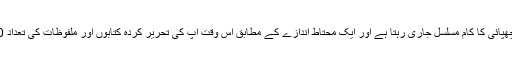
ان کی کتابوں کی چھپائی کا کام مسلسل جاری رہتا ہے اور ایک محتاط اندازے کے مطابق اس وقت آپ کی تحریر کردہ کتابوں اور ملفوظات کی تعداد 200 سے زاید ہے۔